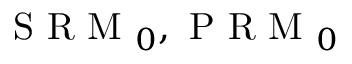
\mathrm { ~ S ~ R ~ M ~ } _ { 0 } , \mathrm { ~ P ~ R ~ M ~ } _ { 0 }